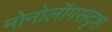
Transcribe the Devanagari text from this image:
मोनोलॉगसदृश